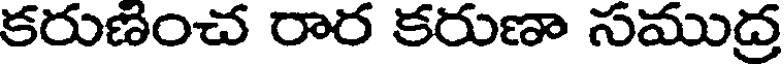
కరుణంచ రార కరుణా సముద్ర